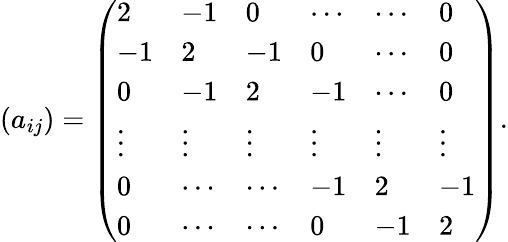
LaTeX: (a_{ij})=\left(\begin{array}{llllll}{2}&{-1}&{0}&{\cdots}&{\cdots}&{0}\\ {-1}&{2}&{-1}&{0}&{\cdots}&{0}\\ {0}&{-1}&{2}&{-1}&{\cdots}&{0}\\ {\vdots}&{\vdots}&{\vdots}&{\vdots}&{\vdots}&{\vdots}\\ {0}&{\cdots}&{\cdots}&{-1}&{2}&{-1}\\ {0}&{\cdots}&{\cdots}&{0}&{-1}&{2}\end{array}\right).